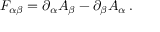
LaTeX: F _ { \alpha \beta } = \partial _ { \alpha } A _ { \beta } - \partial _ { \beta } A _ { \alpha } \, .